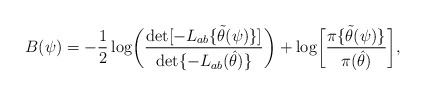
\begin{align*}B(\psi)=-{1\over 2}\log\biggl(\frac{\det[-L_{ab}\{\tilde\theta(\psi)\}]}{\det\{-L_{ab}(\hat\theta)\}}\biggr)+\log\biggl[\frac{\pi\{\tilde\theta(\psi)\}}{\pi(\hat\theta)}\biggr],\end{align*}